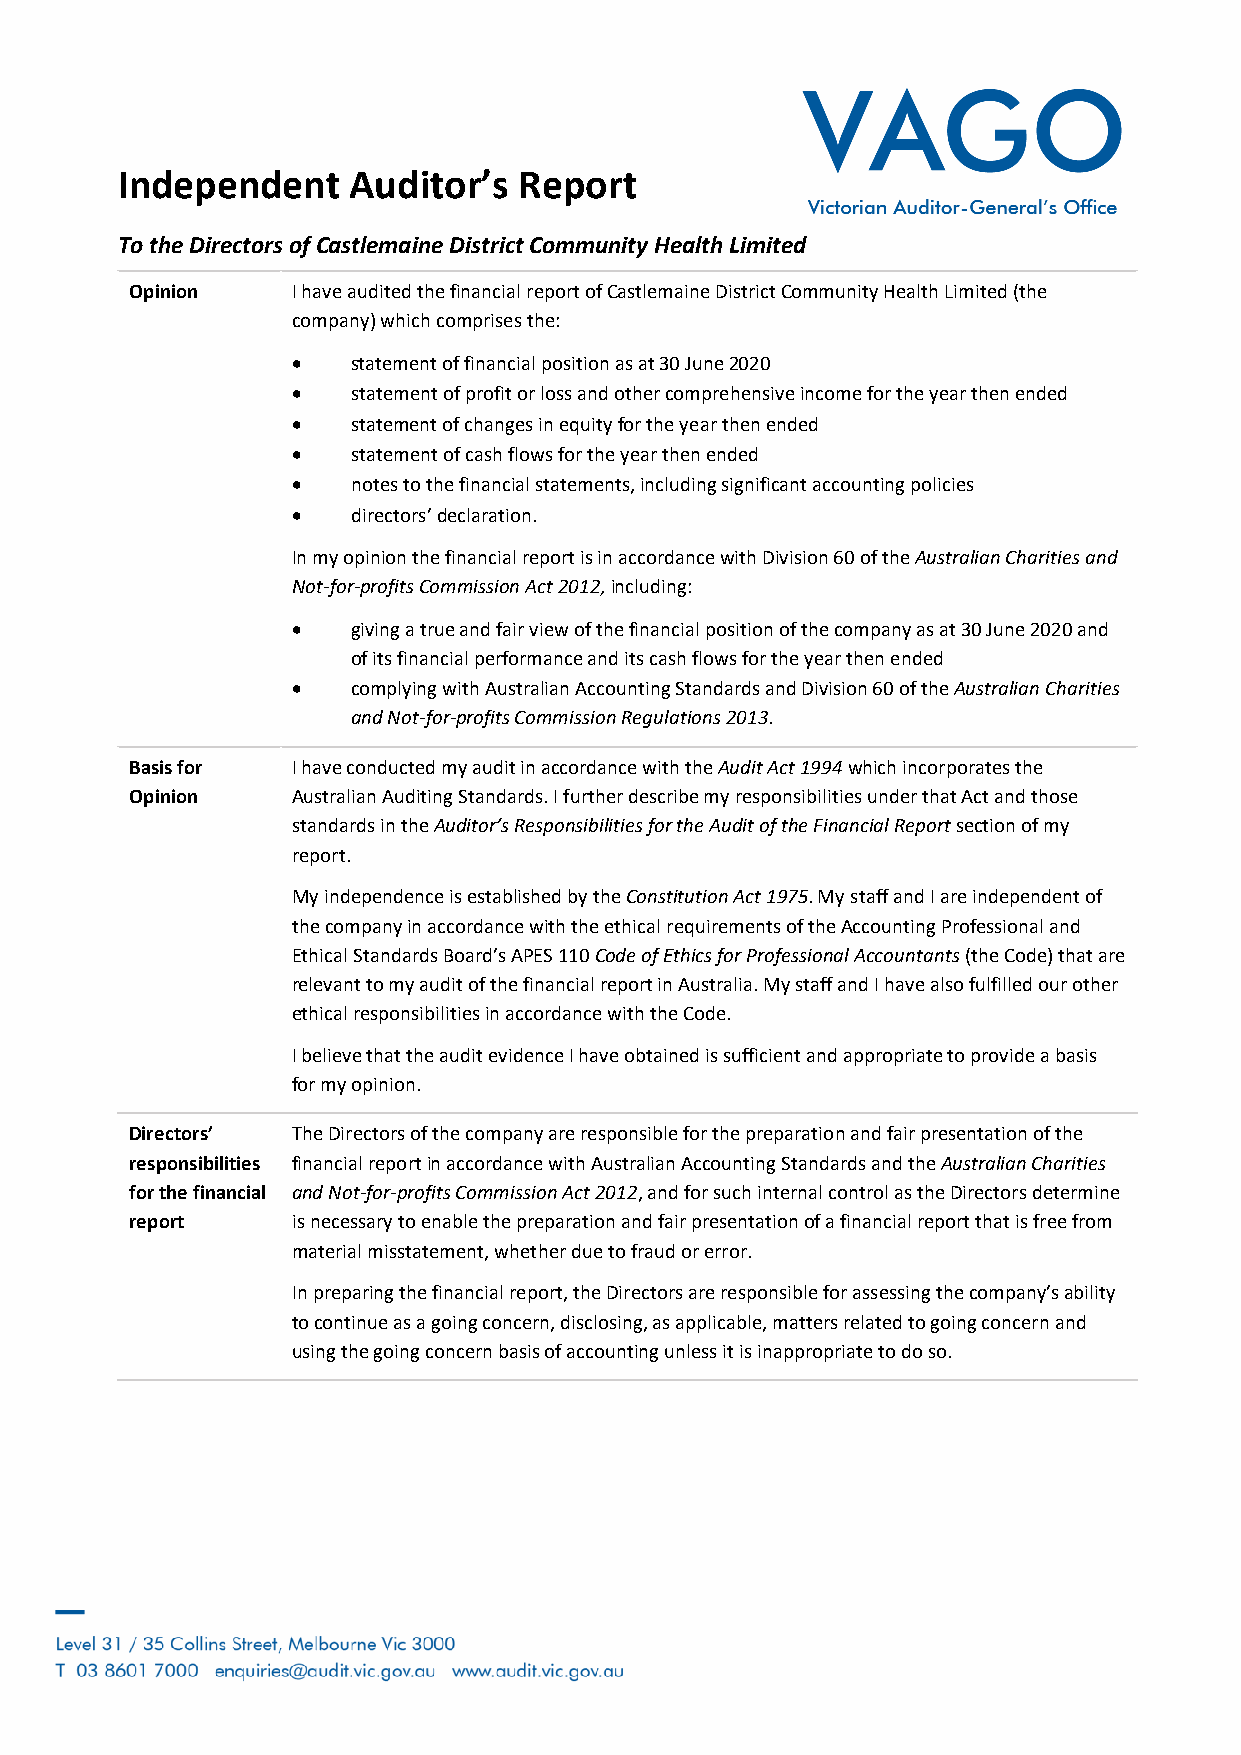
Independent    Auditor’s  Report
 To the Directors of Castlemaine District Community Health Limited
 Opinion   I have audited the financial report of Castlemaine District Community Health Limited (the
 company) which comprises the:
 •   statement of financial position as at 30 June 2020
 •   statement of profit or loss and other comprehensive income for the year then ended
 •   statement of changes in equity for the year then ended
 •   statement of cash flows for the year then ended
 •   notes to the financial statements, including significant accounting policies
 •   directors’ declaration.
 In my opinion the financial report is in accordance with Division 60 of the Australian Charities and
 Not-for-profits Commission Act 2012, including:
 •   giving a true and fair view of the financial position of the company as at 30 June 2020 and
 of its financial performance and its cash flows for the year then ended
 •   complying with Australian Accounting Standards and Division 60 of the Australian Charities
 and Not-for-profits Commission Regulations 2013.
 Basis for I have conducted my audit in accordance with the Audit Act 1994 which incorporates the
 Opinion   Australian Auditing Standards. I further describe my responsibilities under that Act and those
 standards in the Auditor’s Responsibilities for the Audit of the Financial Report section of my
 report.
 My independence is established by the Constitution Act 1975. My staff and I are independent of
 the company in accordance with the ethical requirements of the Accounting Professional and
 Ethical Standards Board’s APES 110 Code of Ethics for Professional Accountants (the Code) that are
 relevant to my audit of the financial report in Australia. My staff and I have also fulfilled our other
 ethical responsibilities in accordance with the Code.
 I believe that the audit evidence I have obtained is sufficient and appropriate to provide a basis
 for my opinion.
 Directors’ The Directors of the company are responsible for the preparation and fair presentation of the
 responsibilities financial report in accordance with Australian Accounting Standards and the Australian Charities
 for the financial and Not-for-profits Commission Act 2012, and for such internal control as the Directors determine
 report    is necessary to enable the preparation and fair presentation of a financial report that is free from
 material misstatement, whether due to fraud or error.
 In preparing the financial report, the Directors are responsible for assessing the company’s ability
 to continue as a going concern, disclosing, as applicable, matters related to going concern and
 using the going concern basis of accounting unless it is inappropriate to do so.